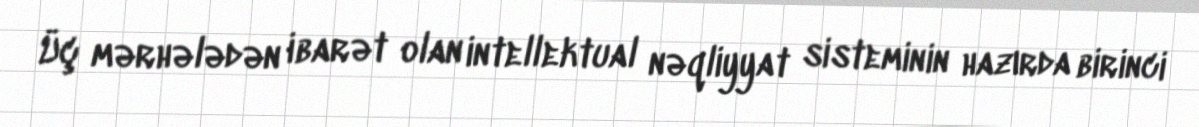
Üç mərhələdən ibarət olan intellektual nəqliyyat sisteminin hazırda birinci